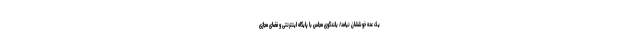
یک عده خوششان نیامد/ بلندگوی مجلس با پایگاه اینترنتی و فضای مجازی